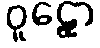
ဝူဠှော